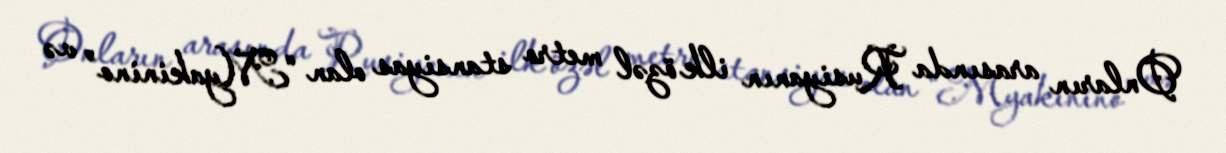
Onların arasında Rusiyanın ilk özəl metro stansiyas olan “Myakinino” və